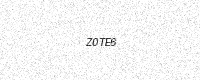
Text: Z0TE6